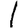
Digit: 1